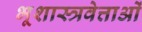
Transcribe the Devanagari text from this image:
भूशास्त्रवेत्ताओं